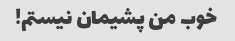
خوب من پشیمان نیستم!